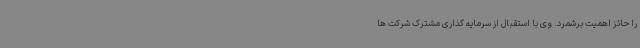
را حائز اهمیت برشمرد. وی با استقبال از سرمایه گذاری مشترک شرکت ها